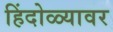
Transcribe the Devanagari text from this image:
हिंदोळ्यावर